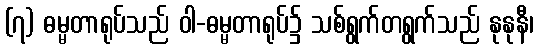
(၇) ဓမ္မတာရုပ်သည် ဝါ-ဓမ္မတာရုပ်၌ သစ်ရွက်တရွက်သည် နုနုနီ၊